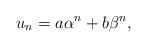
LaTeX: \begin{align*} u_n=a\alpha^n+b\beta^n,\end{align*}